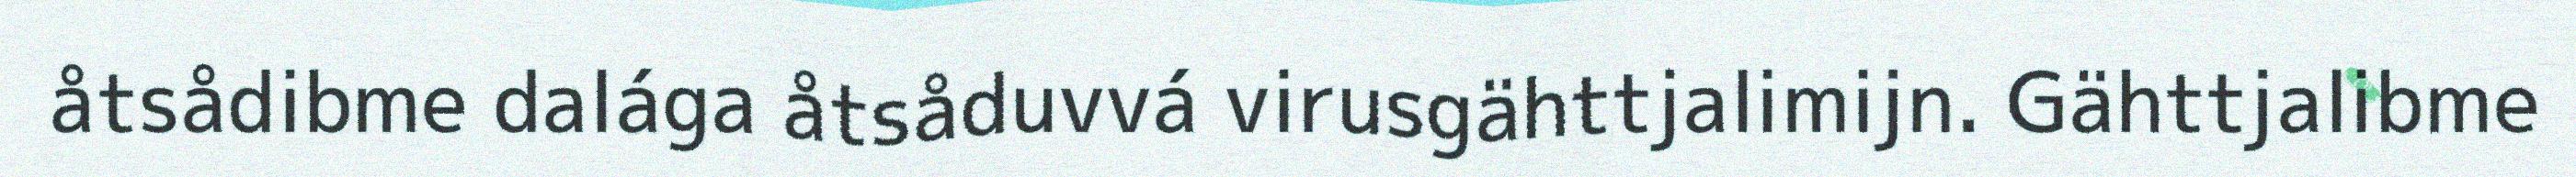
åtsådibme dalága åtsåduvvá virusgähttjalimijn. Gähttjalibme